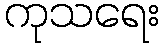
ကုသရေး